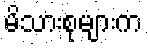
မိသားစုများက